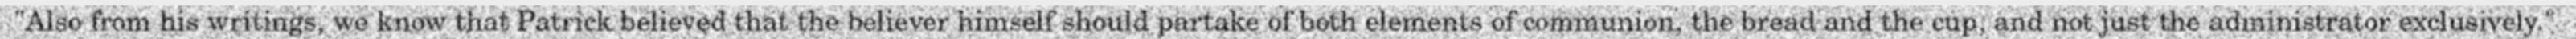
"Also from his writings, we know that Patrick believed that the believer himself should partake of both elements of communion, the bread and the cup, and not just the administrator exclusively."